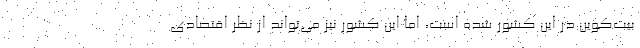
بیت‌کوین در این کشور شده است، اما این کشور نیز می‌تواند از نظر اقتصادی